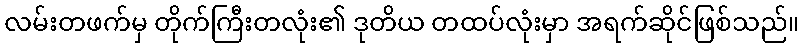
လမ်းတဖက်မှ တိုက်ကြီးတလုံး၏ ဒုတိယ တထပ်လုံးမှာ အရက်ဆိုင်ဖြစ်သည်။